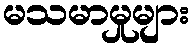
မသမာမှုများ